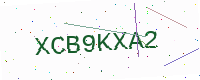
Text: XCB9KXA2